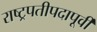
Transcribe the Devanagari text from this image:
राष्ट्रपतीपदापूर्वी